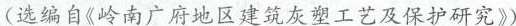
(选编自《岭南广府地区建筑灰塑工艺及保护研究》)